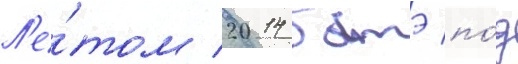
Л'е́том 2014 батэ по́д